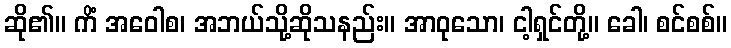
ဆို၏။ ကိံ အဝေါစ၊ အဘယ်သို့ဆိုသနည်း။ အာဝုသော၊ ငါ့ရှင်တို့။ ခေါ၊ စင်စစ်။